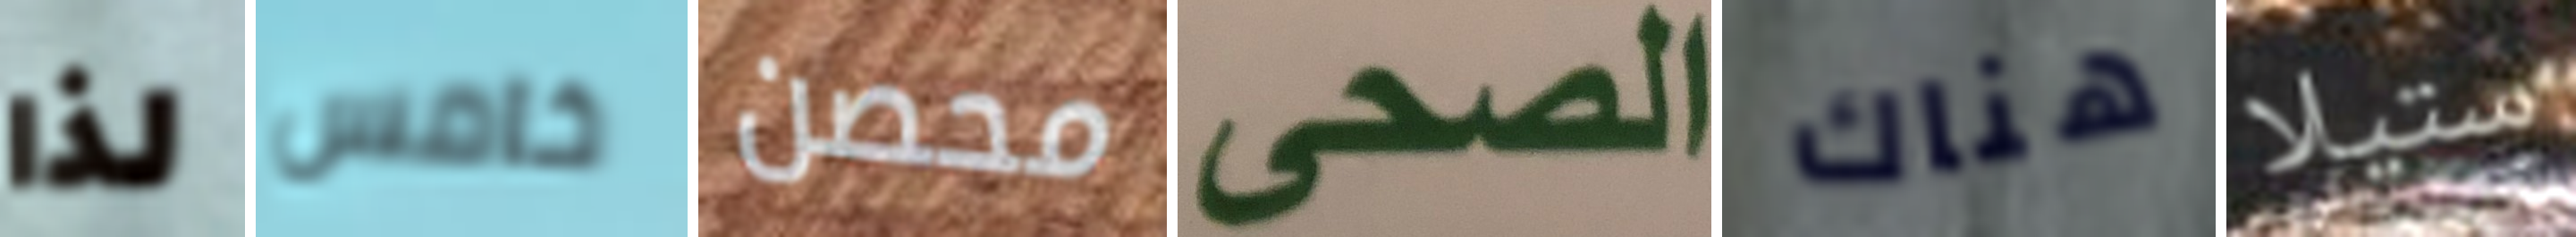
لذا خامس محصن الصحى هناك ستيلا